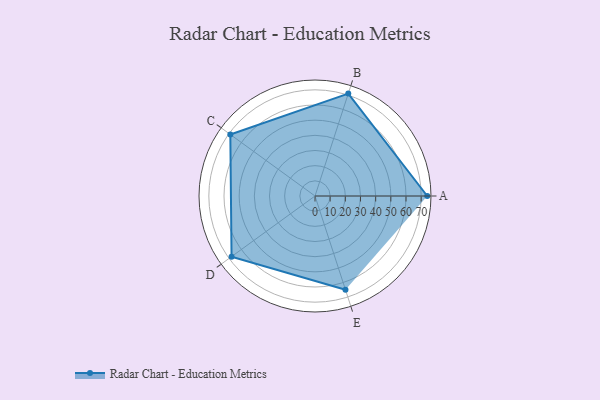
{"axis": {"x": "Skill", "y": "Score"}, "legend": ["Profile"], "data": [{"x": "A", "y": 74.0, "type": "Profile"}, {"x": "B", "y": 71.0, "type": "Profile"}, {"x": "C", "y": 69.0, "type": "Profile"}, {"x": "D", "y": 68.0, "type": "Profile"}, {"x": "E", "y": 65.0, "type": "Profile"}]}